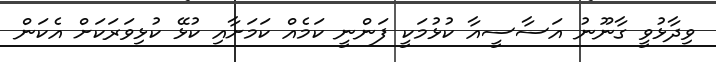
ވިދާޅުވީ ގާނޫނު އަސާސީއާ ކުޅުމަކީ ފަންނީ ކަމެއް ކަމަށާއި ކުޅޭ ކުޅިވަރަކަށް އެކަން